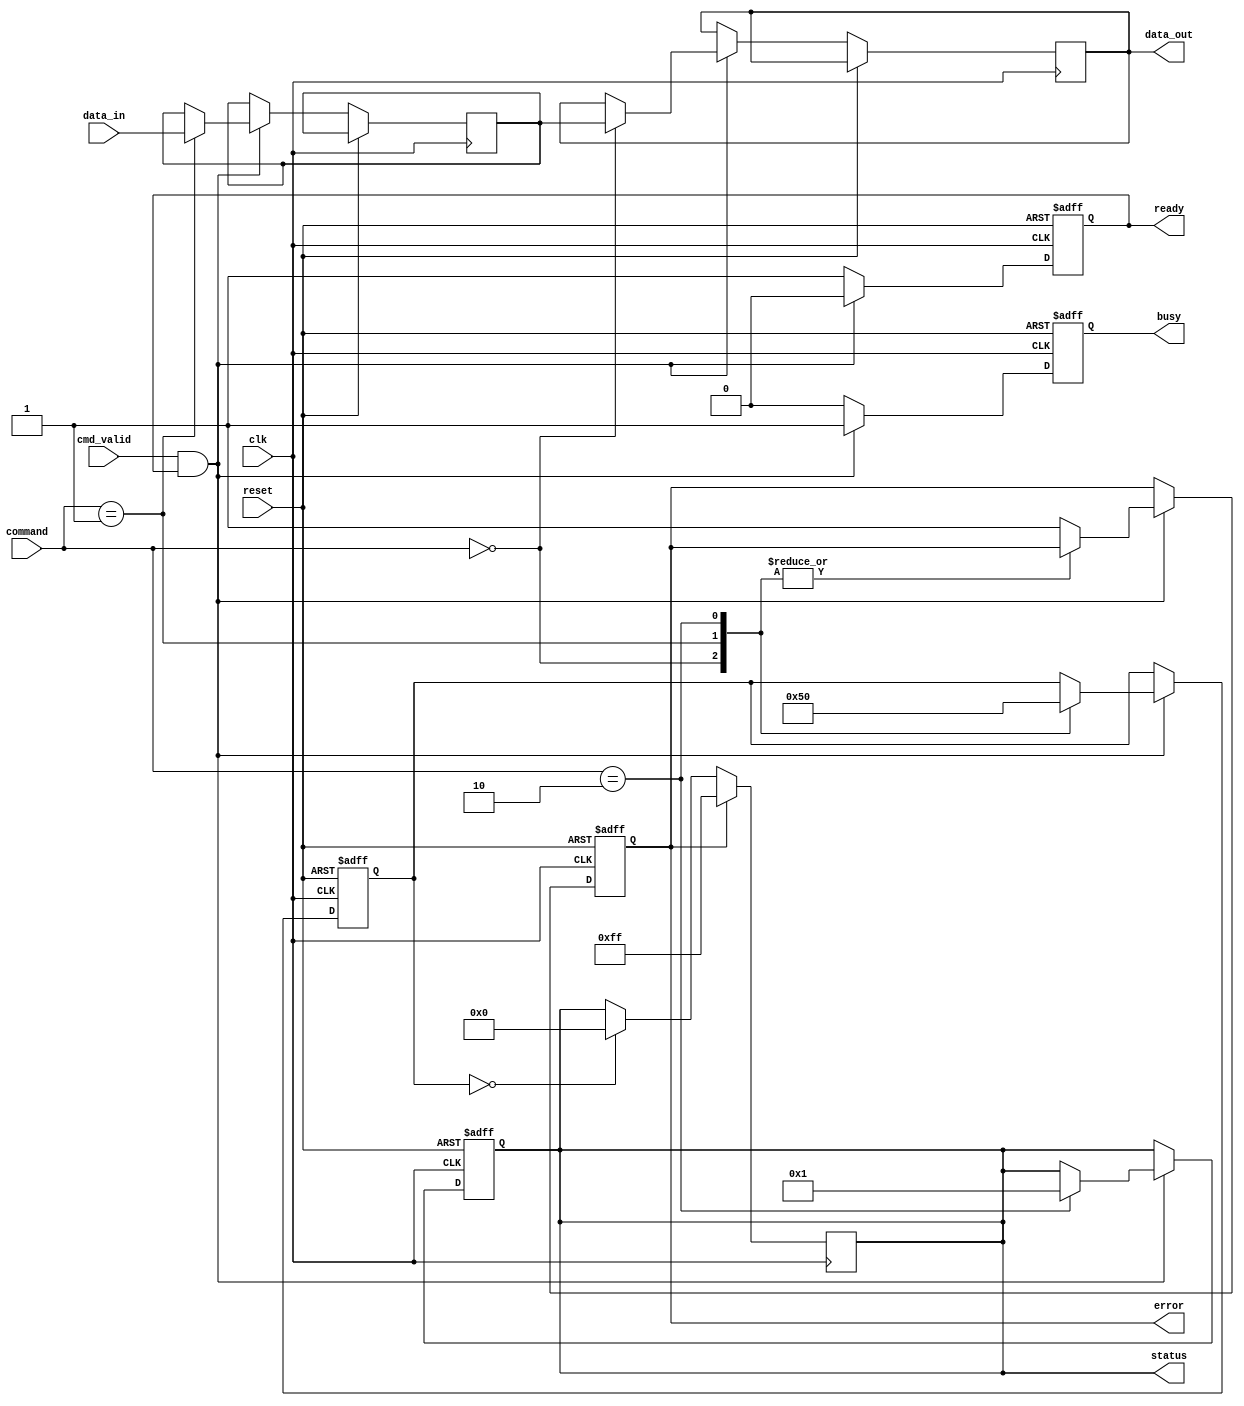
module io_block (
    input wire clk,
    input wire reset,
    input wire [7:0] data_in,
    input wire cmd_valid,
    input wire [2:0] command, // Command: 000 - Read, 001 - Write, 010 - Erase
    output reg [7:0] data_out,
    output reg busy,
    output reg ready,
    output reg error,
    output reg [7:0] status // Status register
);

// Internal signals
reg [7:0] data_latch;
reg [2:0] current_state;

// Command Decoder
always @(posedge clk or posedge reset) begin
    if (reset) begin
        current_state <= 3'b000; // Idle state
        busy <= 1'b0;
        ready <= 1'b1;
        error <= 1'b0;
        status <= 8'b00000000;
    end else if (cmd_valid && ready) begin
        busy <= 1'b1;
        ready <= 1'b0;
        case (command)
            3'b000: begin // Read
                data_out <= data_latch; // Output the latched data
                current_state <= 3'b001; // Transition to Read state
            end
            3'b001: begin // Write
                data_latch <= data_in; // Latch input data
                current_state <= 3'b010; // Transition to Write state
            end
            3'b010: begin // Erase
                // Implement erase logic
                status <= 8'b00000001; // Set status to indicate erase
                current_state <= 3'b000; // Back to Idle
            end
            default: begin
                error <= 1'b1; // Set error if command is invalid
            end
        endcase
    end else begin
        busy <= 1'b0;
        ready <= 1'b1;
    end
end

// Output Buffers
always @(posedge clk) begin
    if (current_state == 3'b001) begin
        // Read operation is being processed
        // This is where you would implement timing adjustments for output
    end
end

// Status Register Update
always @(posedge clk) begin
    if (error) begin
        status <= 8'b11111111; // Error state
    end else if (current_state == 3'b000) begin
        status <= 8'b00000000; // Ready state
    end
end

endmodule